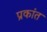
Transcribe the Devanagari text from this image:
प्रकांत